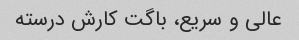
عالی و سریع، باگت کارش درسته